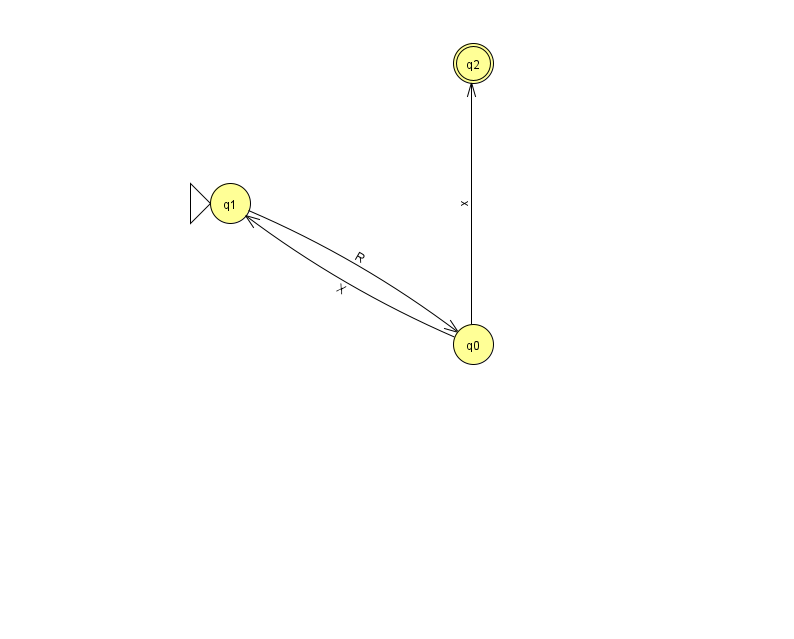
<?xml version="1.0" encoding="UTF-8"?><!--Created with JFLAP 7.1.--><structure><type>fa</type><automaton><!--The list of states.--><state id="0" name="q0"><x>473.0</x><y>331.0</y></state><state id="1" name="q1"><x>230.0</x><y>190.0</y><initial/></state><state id="2" name="q2"><x>473.0</x><y>50.0</y><final/></state><!--The list of transitions.--><transition><from>1</from><to>0</to><read>R</read></transition><transition><from>0</from><to>2</to><read>x</read></transition><transition><from>0</from><to>1</to><read>X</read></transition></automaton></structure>